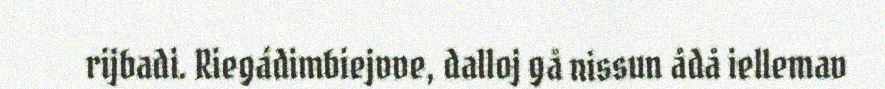
rijbadi. Riegádimbiejvve, dalloj gå nissun ådå iellemav